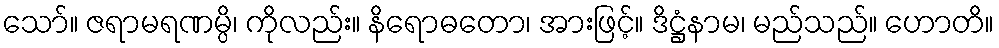
သော်။ ဇရာမရဏမ္ပိ၊ ကိုလည်း။ နိရောဓတော၊ အားဖြင့်။ ဒိဋ္ဌံနာမ၊ မည်သည်။ ဟောတိ။